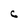
Character: C